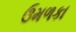
ઉમળકા